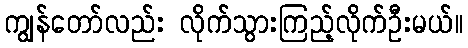
ကျွန်တော်လည်း လိုက်သွားကြည့်လိုက်ဦးမယ်။